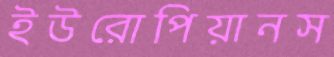
ইউরোপিয়ানস